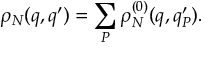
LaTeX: \rho _ { N } ( q , q ^ { \prime } ) = \sum _ { P } \rho _ { N } ^ { ( 0 ) } ( q , q _ { P } ^ { \prime } ) .